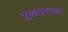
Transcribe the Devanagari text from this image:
गुजराथचा